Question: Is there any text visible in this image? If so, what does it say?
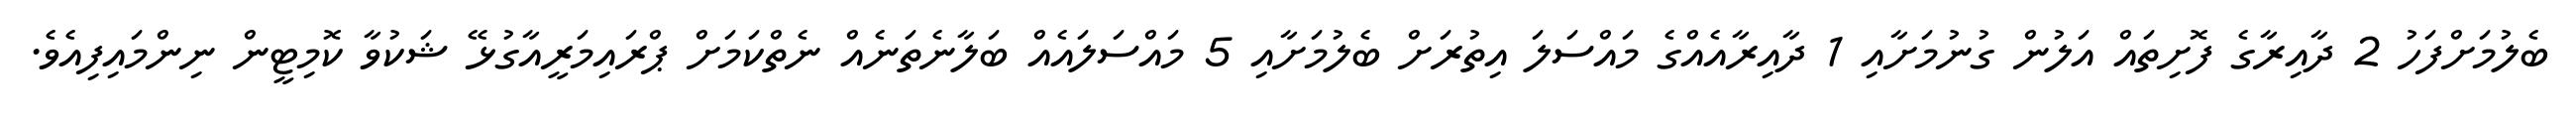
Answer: ބެލުމަށްފަހު 2 ދާއިރާގެ ފޮށިތައް އަލުން ގުނުމަށާއި 1 ދާއިރާއެއްގެ މައްސަލަ އިތުރަށް ބެލުމަށާއި 5 މައްސަލައެއް ބަލާނެތަނެއް ނެތްކަމަށް ޕްރައިމަރީއާގުޅޭ ޝަކުވާ ކޮމިޓީން ނިންމައިފިއެވެ.